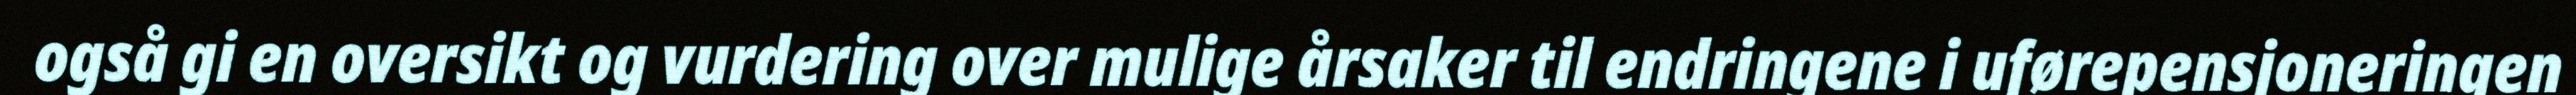
også gi en oversikt og vurdering over mulige årsaker til endringene i uførepensjoneringen